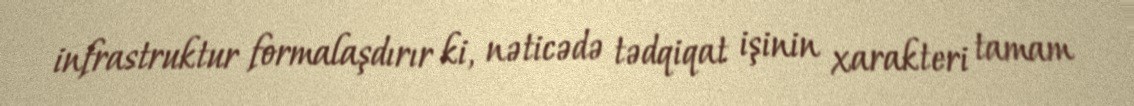
infrastruktur formalaşdırır ki, nəticədə tədqiqat işinin xarakteri tamam